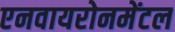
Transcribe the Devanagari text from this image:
एनवायरोनमेंटल